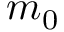
m _ { 0 }